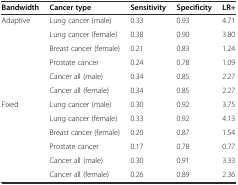
<table><thead><tr><td><b>Bandwidth</b></td><td><b>Cancer type</b></td><td><b>Sensitivity</b></td><td><b>Specificity</b></td><td><b>LR+</b></td></tr></thead><tbody><tr><td rowspan="6">Adaptive</td><td>Lung cancer (male)</td><td>0.33</td><td>0.93</td><td>4.71</td></tr><tr><td>Lung cancer (female)</td><td>0.38</td><td>0.90</td><td>3.80</td></tr><tr><td>Breast cancer (female)</td><td>0.21</td><td>0.83</td><td>1.24</td></tr><tr><td>Prostate cancer</td><td>0.24</td><td>0.78</td><td>1.09</td></tr><tr><td>Cancer all (male)</td><td>0.34</td><td>0.85</td><td>2.27</td></tr><tr><td>Cancer all (female)</td><td>0.34</td><td>0.85</td><td>2.27</td></tr><tr><td rowspan="6">Fixed</td><td>Lung cancer (male)</td><td>0.30</td><td>0.92</td><td>3.75</td></tr><tr><td>Lung cancer (female)</td><td>0.33</td><td>0.92</td><td>4.13</td></tr><tr><td>Breast cancer (female)</td><td>0.20</td><td>0.87</td><td>1.54</td></tr><tr><td>Prostate cancer</td><td>0.17</td><td>0.78</td><td>0.77</td></tr><tr><td>Cancer all (male)</td><td>0.30</td><td>0.91</td><td>3.33</td></tr><tr><td>Cancer all (female)</td><td>0.26</td><td>0.89</td><td>2.36</td></tr></tbody></table>